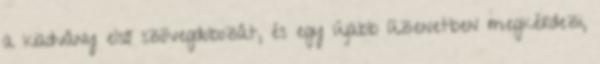
a kiadvány első szövegdobozát, és egy újabb üzenetben megkérdezi,